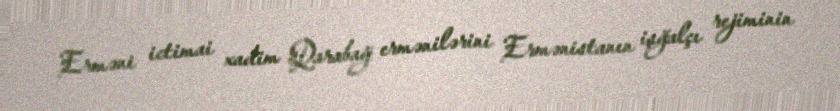
Erməni ictimai xadim Qarabağ ermənilərini Ermənistanın işğalçı rejiminin